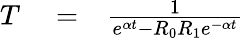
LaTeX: \begin{array}{rlr}{T}&{{}=}&{\frac{1}{e^{\alpha t}-R_{0}R_{1}e^{-\alpha t}}}\end{array}